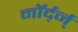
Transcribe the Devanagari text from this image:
नॉर्द़र्न्